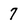
Character: 7